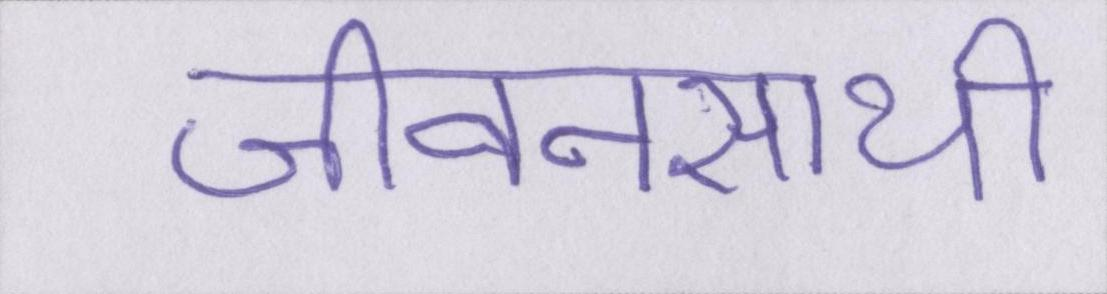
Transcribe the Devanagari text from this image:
जीवनसाथी